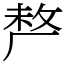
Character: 𠩺